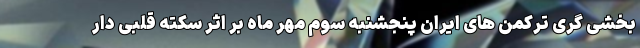
بخشی گری ترکمن های ایران پنجشنبه سوم مهر ماه بر اثر سکته قلبی دار